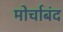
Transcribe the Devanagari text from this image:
मोर्चाबंद